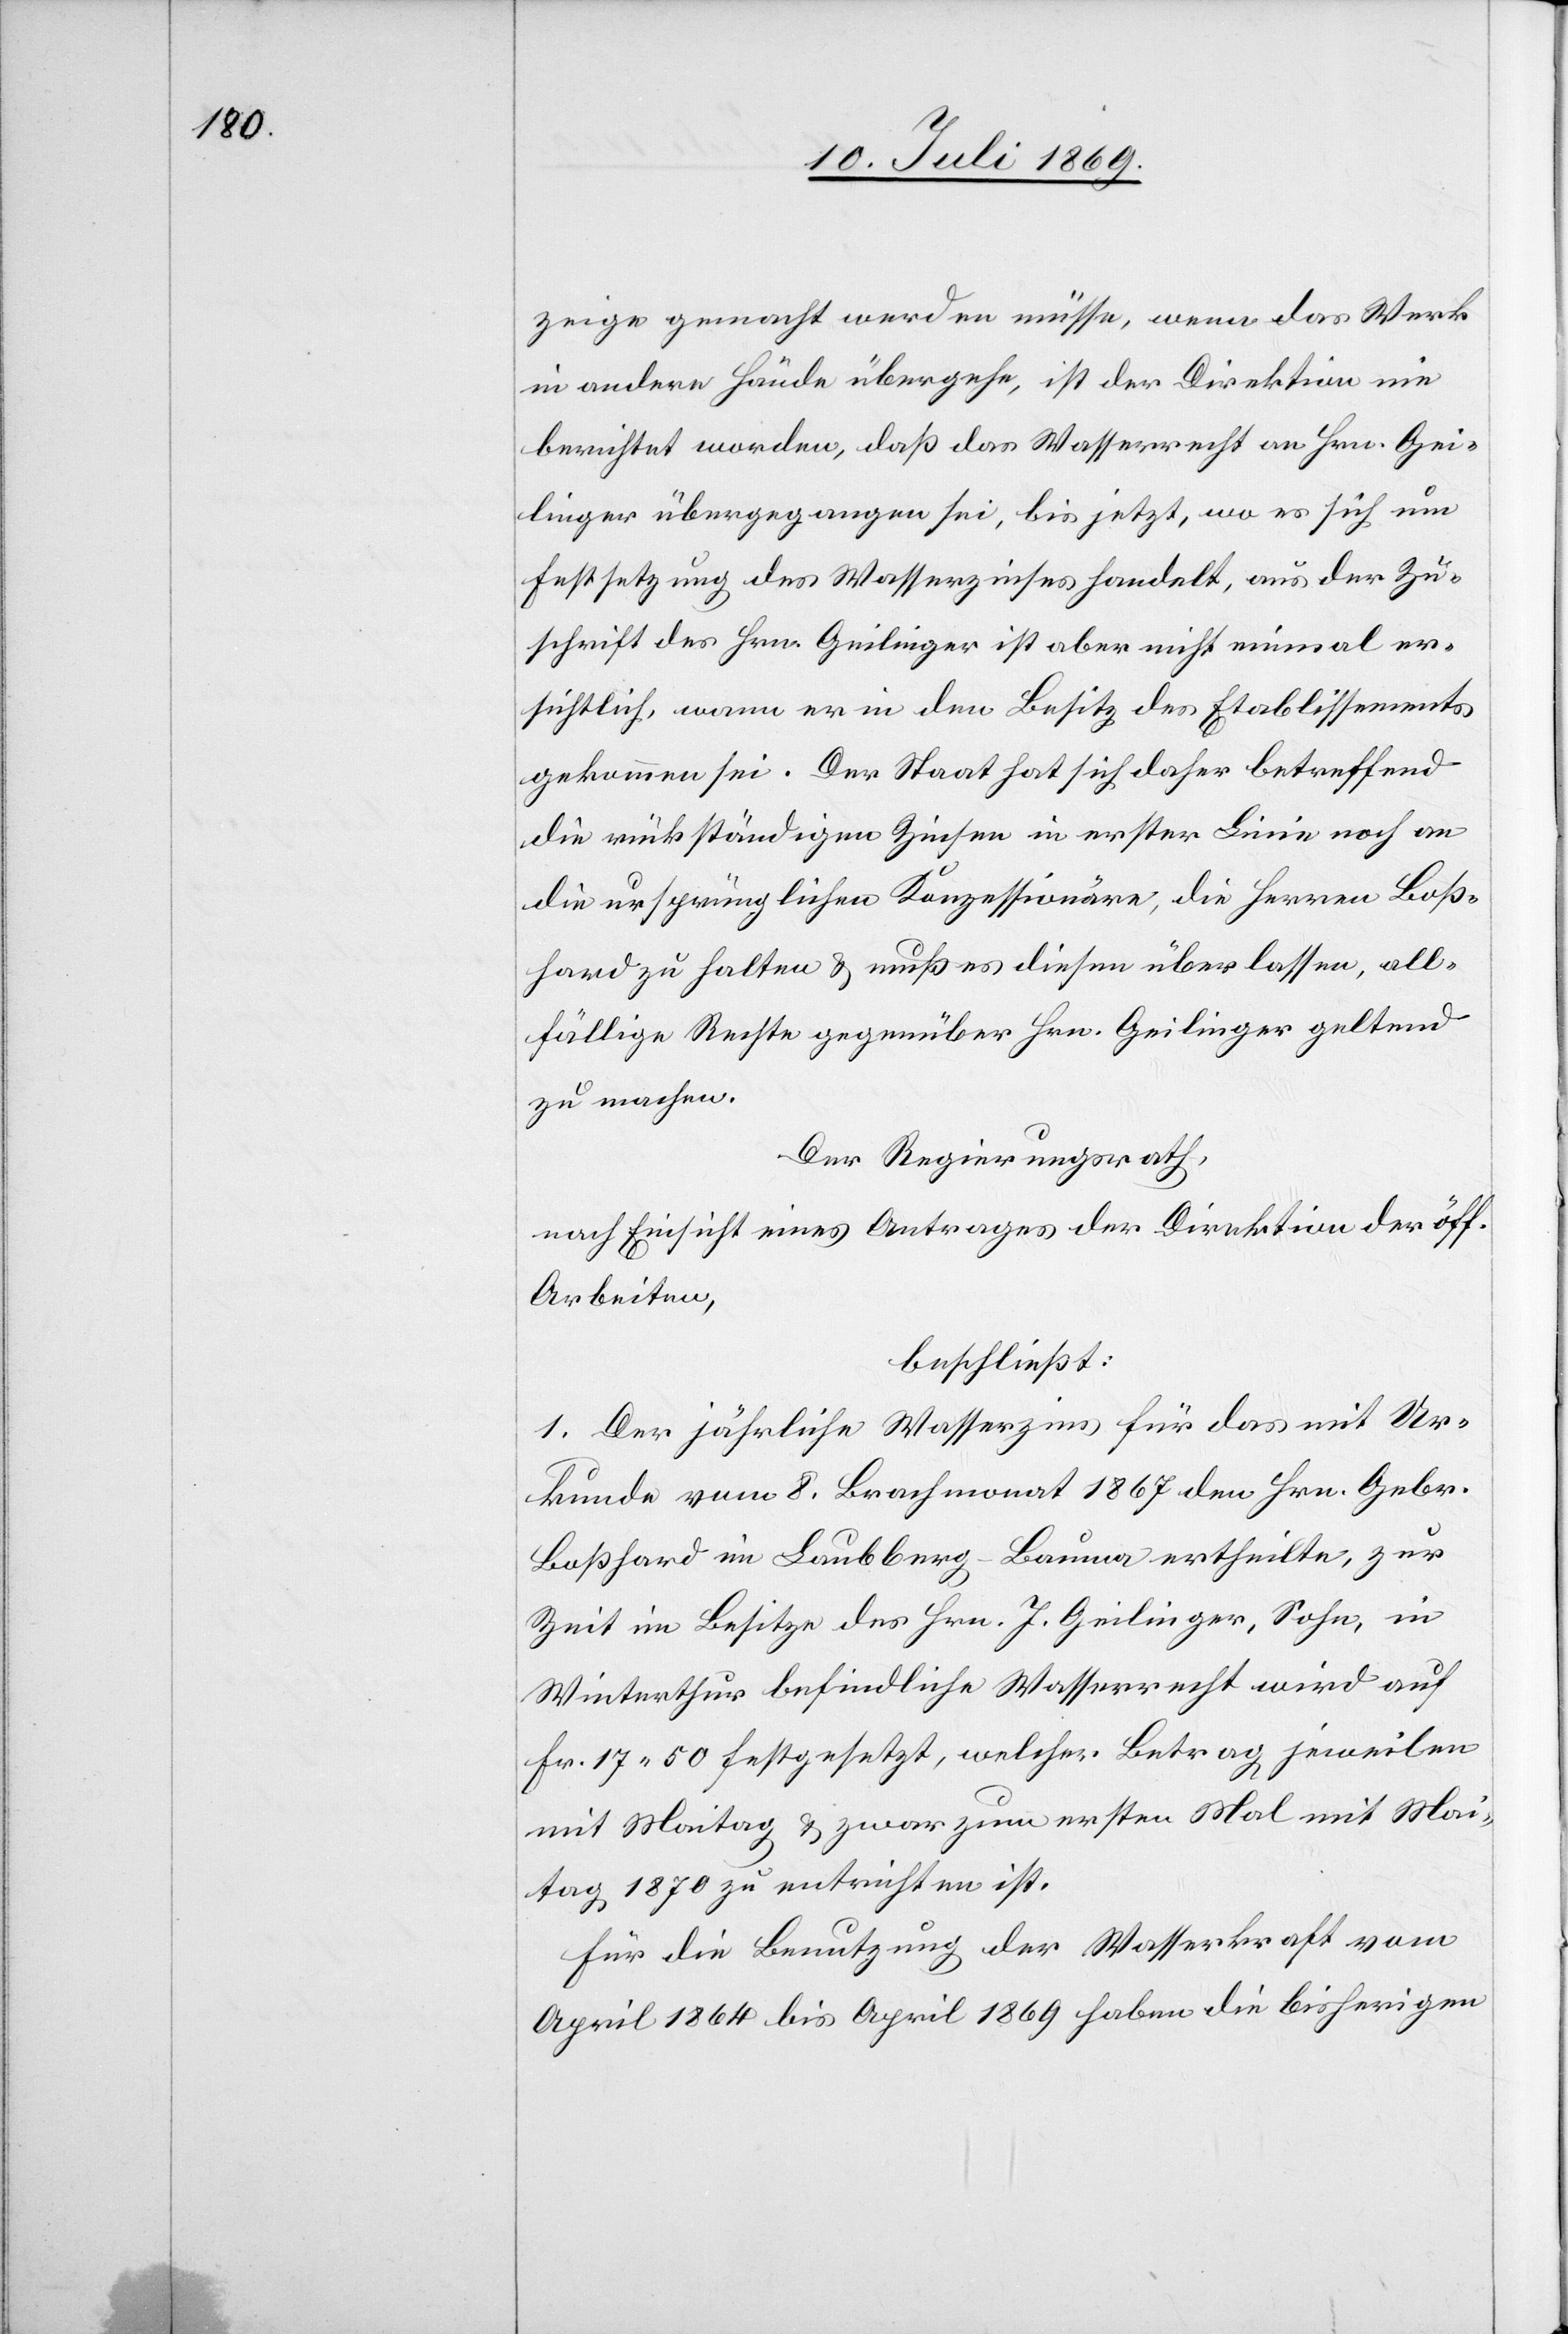
zeige gemacht werden müsse, wenn das Werk
in andere Hände übergehe, ist der Direktion nie
berichtet worden, daß das Wasserrecht an Hrn. Gei¬
linger übergegangen sei, bis jetzt, wo es sich um
Festsetzung des Wasserzinses handelt, aus der Zu¬
schrift des Hrn. Geilinger ist aber nicht einmal er¬
sichtlich, wann er in den Besitz des Etablissements
gekommen sei. Der Staat hat sich daher betreffend
die rückständigen Zinsen in erster Linie noch an
die ursprünglichen Konzessionäre, die Herren Boß¬
hard zu halten u. muß es diesem überlassen, all¬
fällige Rechte gegenüber Hrn. Geilinger geltend
zu machen.
Der Regierungsrath,
nach Einsicht eines Antrages der Direktion der öff.
Arbeiten,
beschließt:
1. Der jährliche Wasserzins für das mit Ur¬
kunde vom 8 Brachmonat 1867 den Hrn. Gebr.
Boßhard in Laubberg-Bauma ertheilte, zur
Zeit im Besitze des Hrn. J. Geilinger, Sohn, in
Winterthur befindliche Wasserrecht wird auf
Fr. 17.50 festgesetzt, welcher Betrag jeweilen
mit Maitag u. zwar zum ersten Mal mit Mai¬
tag 1870 zu entrichten ist.
Für die Benutzung der Wasserkraft vom
April 1864 bis April 1869 haben die bisherigen